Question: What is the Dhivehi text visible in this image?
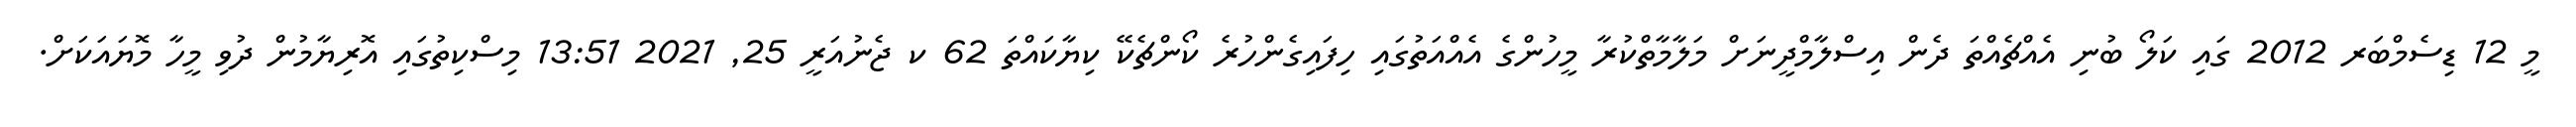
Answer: މީ 12 ޑިސެމްބަރ 2012 ގައި ކަލޯ ބުނި އެއްޗެއްތަ ދެން އިސްލާމްދީނަށް މަލާމާތްކުރާ މީހުންގެ އެއްއަތުގައި ހިފައިގެންހުރެ ކޯންޗެކޭ ކިޔާކައްތަ 62 ކ ޖެނުއަރީ 25, 2021 13:51 މިސްކިތުގައި އޮރިޔާމުން ދުވި މީހާ މޮޔައަކަށް.